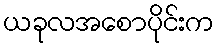
ယခုလအစောပိုင်းက